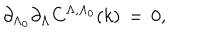
LaTeX: \partial _ { \Lambda _ { 0 } } \partial _ { \Lambda } C ^ { \Lambda , \Lambda _ { 0 } } ( k ) \, = \, 0 ,